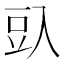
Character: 𰃛